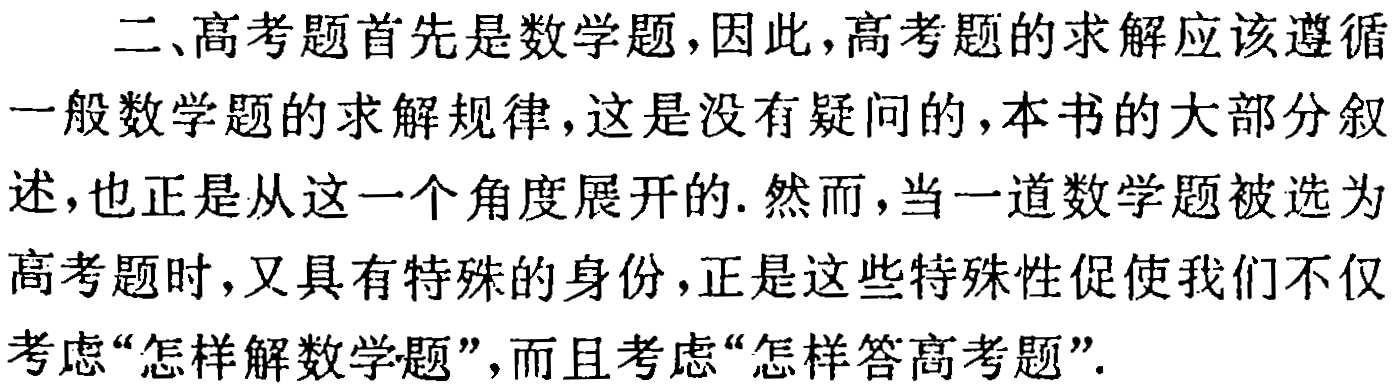
二、高考题首先是数学题，因此，高考题的求解应该遵循

一般数学题的求解规律，这是没有疑问的，本书的大部分叙

述，也正是从这一个角度展开的. 然而，当一道数学题被选为

高考题时，又具有特殊的身份，正是这些特殊性促使我们不仅

考虑“怎样解数学题”，而且考虑“怎样答高考题”.